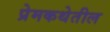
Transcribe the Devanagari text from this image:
प्रेमकथेतील